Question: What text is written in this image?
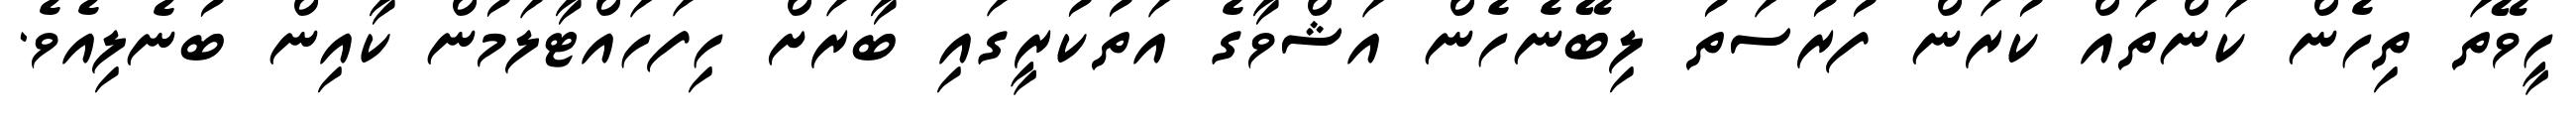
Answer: ހީވޭތަ ތިހެން ކަންތައް ކުރަން ފުރުސަތު ލިބޭނެހެން އަޝްވާގެ އަތުކުރީގައި ބާރަށް ހިފަހައްޓާލަމުން ކާއިން ބުނެލިއެވެ.